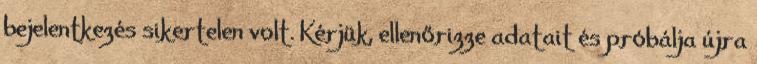
bejelentkezés sikertelen volt. Kérjük, ellenőrizze adatait és próbálja újra